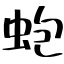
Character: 蚫